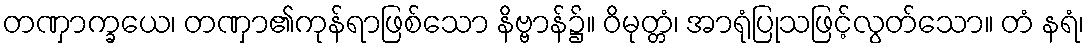
တဏှာက္ခယေ၊ တဏှာ၏ကုန်ရာဖြစ်သော နိဗ္ဗာန်၌။ ဝိမုတ္တံ၊ အာရုံပြုသဖြင့်လွတ်သော။ တံ နရံ၊